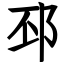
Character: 邳